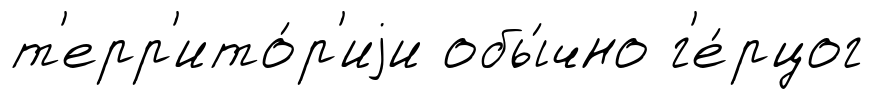
т'ерр'ито́р'иjи обы́чно г'е́рцог